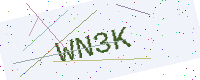
Text: WN3K